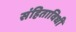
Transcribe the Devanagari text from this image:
संहिताविधी